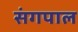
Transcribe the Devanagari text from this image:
संगपाल